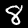
Label: 8